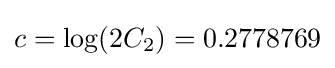
c=\log(2C_{2})=0.2778769